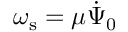
\omega _ { \mathrm { s } } = \mu \dot { \Psi } _ { 0 }